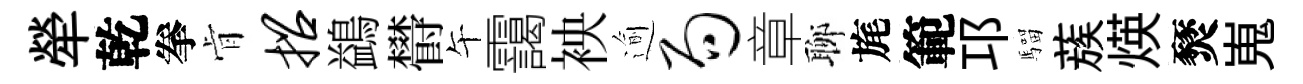
犖乾拳肻招鷁欎午靄䘧逾局章聊旄範邛騮蔟煐燹嵬